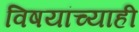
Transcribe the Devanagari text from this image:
विषयांच्याही